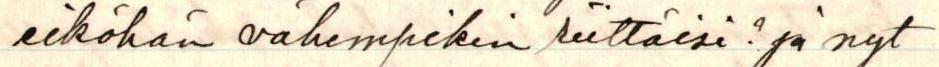
eiköhän vähempikin riittäisi? Ja nyt